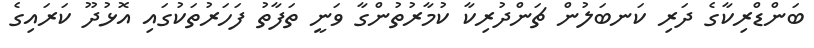
ބަންޑްރިކާގެ ދަރި ކަނބަލުން ޗަންދުރިކާ ކުމާރުތުންގާ ވަނީ ތަފާތު ފަހަރުތަކުގައި އޮޅުދޫ ކަރައިގެ